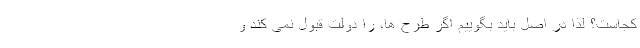
کجاست؟ لذا در اصل باید بگوییم اگر طرح ها، را دولت قبول نمی کند و